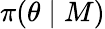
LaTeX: \pi(\theta\mid M)